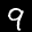
Label: 9